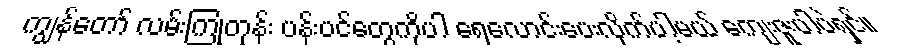
ကျွန်တော် လမ်းကြုံတုန်း ပန်းပင်တွေကိုပါ ရေလောင်းပေးလိုက်ပါ့မယ် ကျေးဇူးပါပဲရှင်။